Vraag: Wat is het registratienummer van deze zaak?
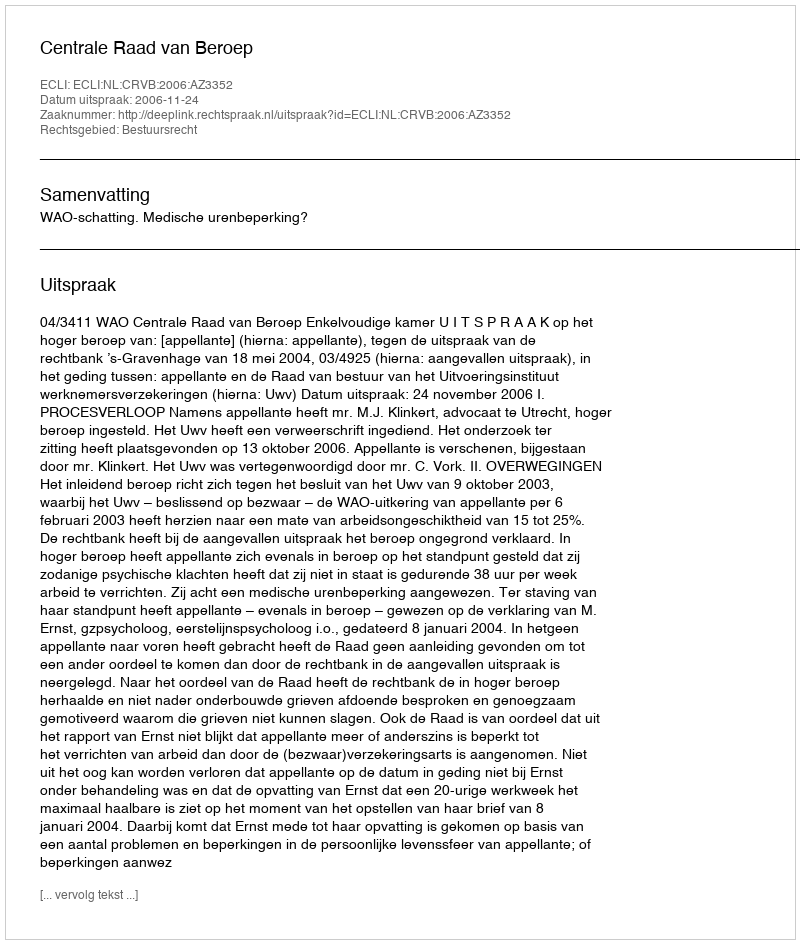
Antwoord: http://deeplink.rechtspraak.nl/uitspraak?id=ECLI:NL:CRVB:2006:AZ3352